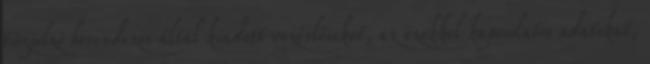
tûzjelzõ berendezés által kiadott vezérléseket, az ezekkel kapcsolatos adatokat,